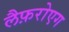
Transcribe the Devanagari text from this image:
लैफ़रोएग